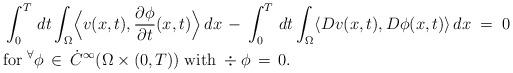
LaTeX: \begin{align*}&\int_0^T \, dt \int_\Omega \Bigl\langle v (x,t), \frac {\partial \phi}{\partial t} (x,t) \Bigr\rangle \, dx\, - \, \int_0^T \, dt \int_\Omega \langle D v (x,t), D \phi (x,t) \rangle \, dx\; = \; 0\\&\mathrm{for} \; ^\forall \phi \, \in \, \dot{C}^\infty ( \Omega \times (0,T)) \; \mathrm{with} \; \div \phi \, = \, 0.\end{align*}